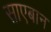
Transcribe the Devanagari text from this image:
साएबान